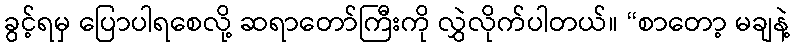
ခွင့်ရမှ ပြောပါရစေလို့ ဆရာတော်ကြီးကို လွှဲလိုက်ပါတယ်။ “စာတော့ မချနဲ့